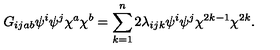
G _ { i j a b } \psi ^ { i } \psi ^ { j } \chi ^ { a } \chi ^ { b } = \sum _ { k = 1 } ^ { n } 2 \lambda _ { i j k } \psi ^ { i } \psi ^ { j } \chi ^ { 2 k - 1 } \chi ^ { 2 k } .